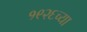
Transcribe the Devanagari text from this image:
१९२६च्या